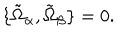
LaTeX: \{ \tilde { \Omega } _ { \alpha } , \tilde { \Omega } _ { \beta } \} = 0 .